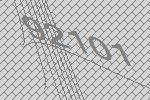
92101